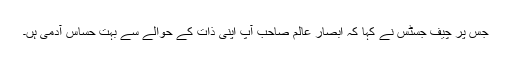
جس پر چیف جسٹس نے کہا کہ ابصار عالم صاحب آپ اپنی ذات کے حوالے سے بہت حساس آدمی ہں۔